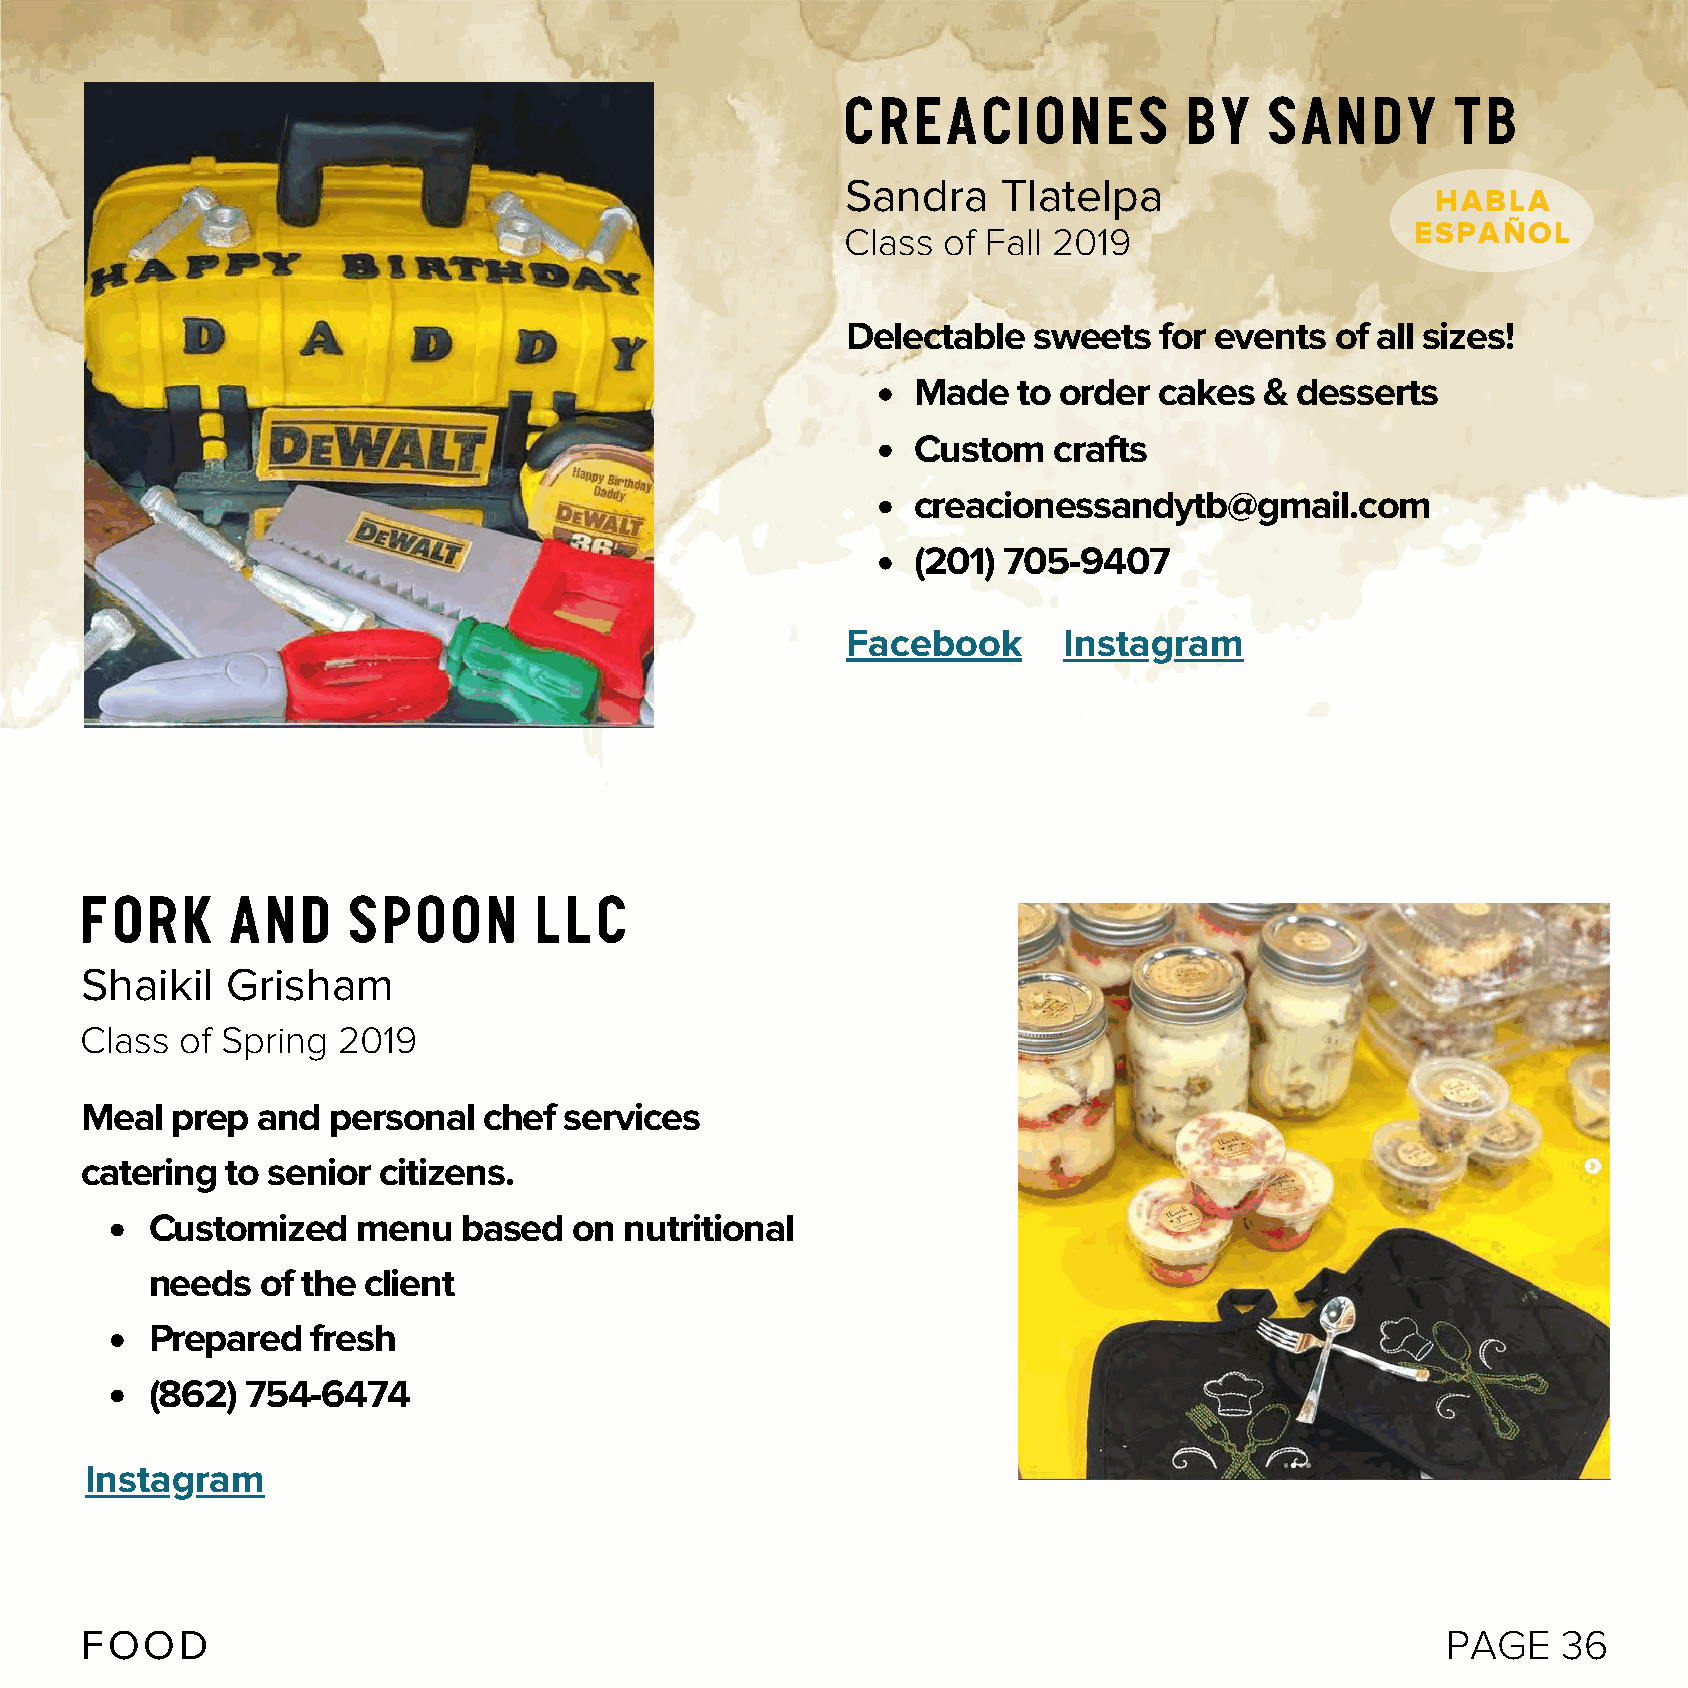
Creaciones            by    Sandy       TB
 Sandra    Tlatelpa
 HABLA
 Class of Fall 2019                    ESPAÑOL
 Delectable  sweets   for events of all sizes!
 Made   to order  cakes  & desserts
 Custom    crafts
 creacionessandytb@gmail.com
 (201) 705-9407
 Facebook      Instagram
 Fork      and     Spoon       LLC
 Shaikil   Grisham
 Class  of Spring 2019
 Meal  prep  and  personal  chef services
 catering  to senior citizens.
 Customized    menu   based  on nutritional
 needs  of the client
 Prepared   fresh
 (862) 754-6474
 Instagram
 FOOD                                                                                       PAGE   36